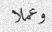
وعملا